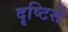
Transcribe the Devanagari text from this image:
दृष्‍टिसे